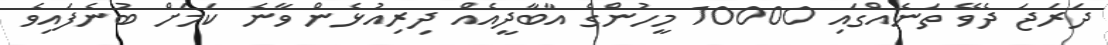
ދަރަޖަ ދެވޭ ތަނެއްގައި 10000 މީހުންގެ އާބާދީއެއް ދިރިއުޅެން ވާނެ ކަމަށް ބުނެފައިވެ